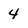
Character: 4